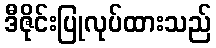
ဒီဇိုင်းပြုလုပ်ထားသည်